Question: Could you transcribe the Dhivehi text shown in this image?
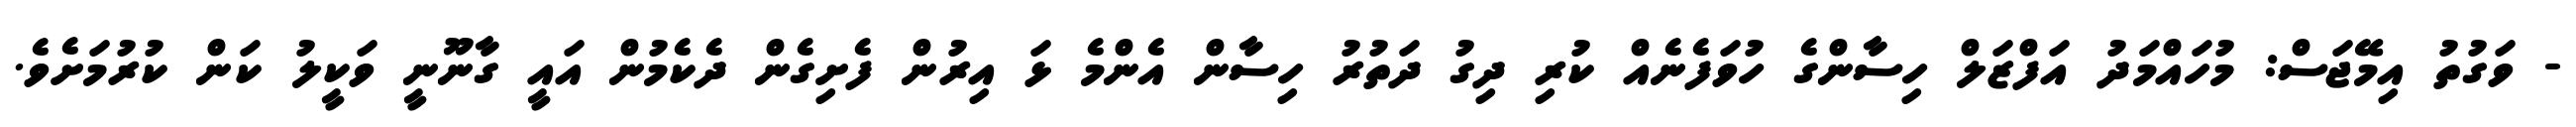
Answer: - ވަގުތު އިމޭޖަސް: މުހައްމަދު އަފްޒަލް ހިސާންގެ ހުވަފެނެއް ކުރި ދިގު ދަތުރު ހިސާން އެންމެ ޅަ އިރުން ފެށިގެން ދެކެމުން އައީ ގާނޫނީ ވަކީލު ކަން ކުރުމަށެވެ.